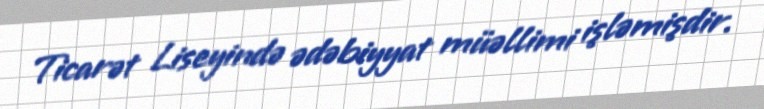
Ticarət Liseyində ədəbiyyat müəllimi işləmişdir.